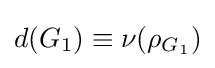
d(G_{1})\equiv \nu (\rho _{G_{1}})